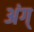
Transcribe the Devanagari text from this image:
अंग्